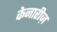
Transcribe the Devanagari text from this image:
केनारीज़